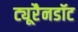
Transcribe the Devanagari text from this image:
ट्यूरैनडॉट